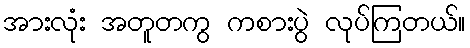
အားလုံး အတူတကွ ကစားပွဲ လုပ်ကြတယ်။